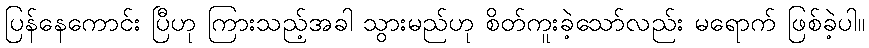
ပြန်နေကောင်း ပြီဟု ကြားသည့်အခါ သွားမည်ဟု စိတ်ကူးခဲ့သော်လည်း မရောက် ဖြစ်ခဲ့ပါ။